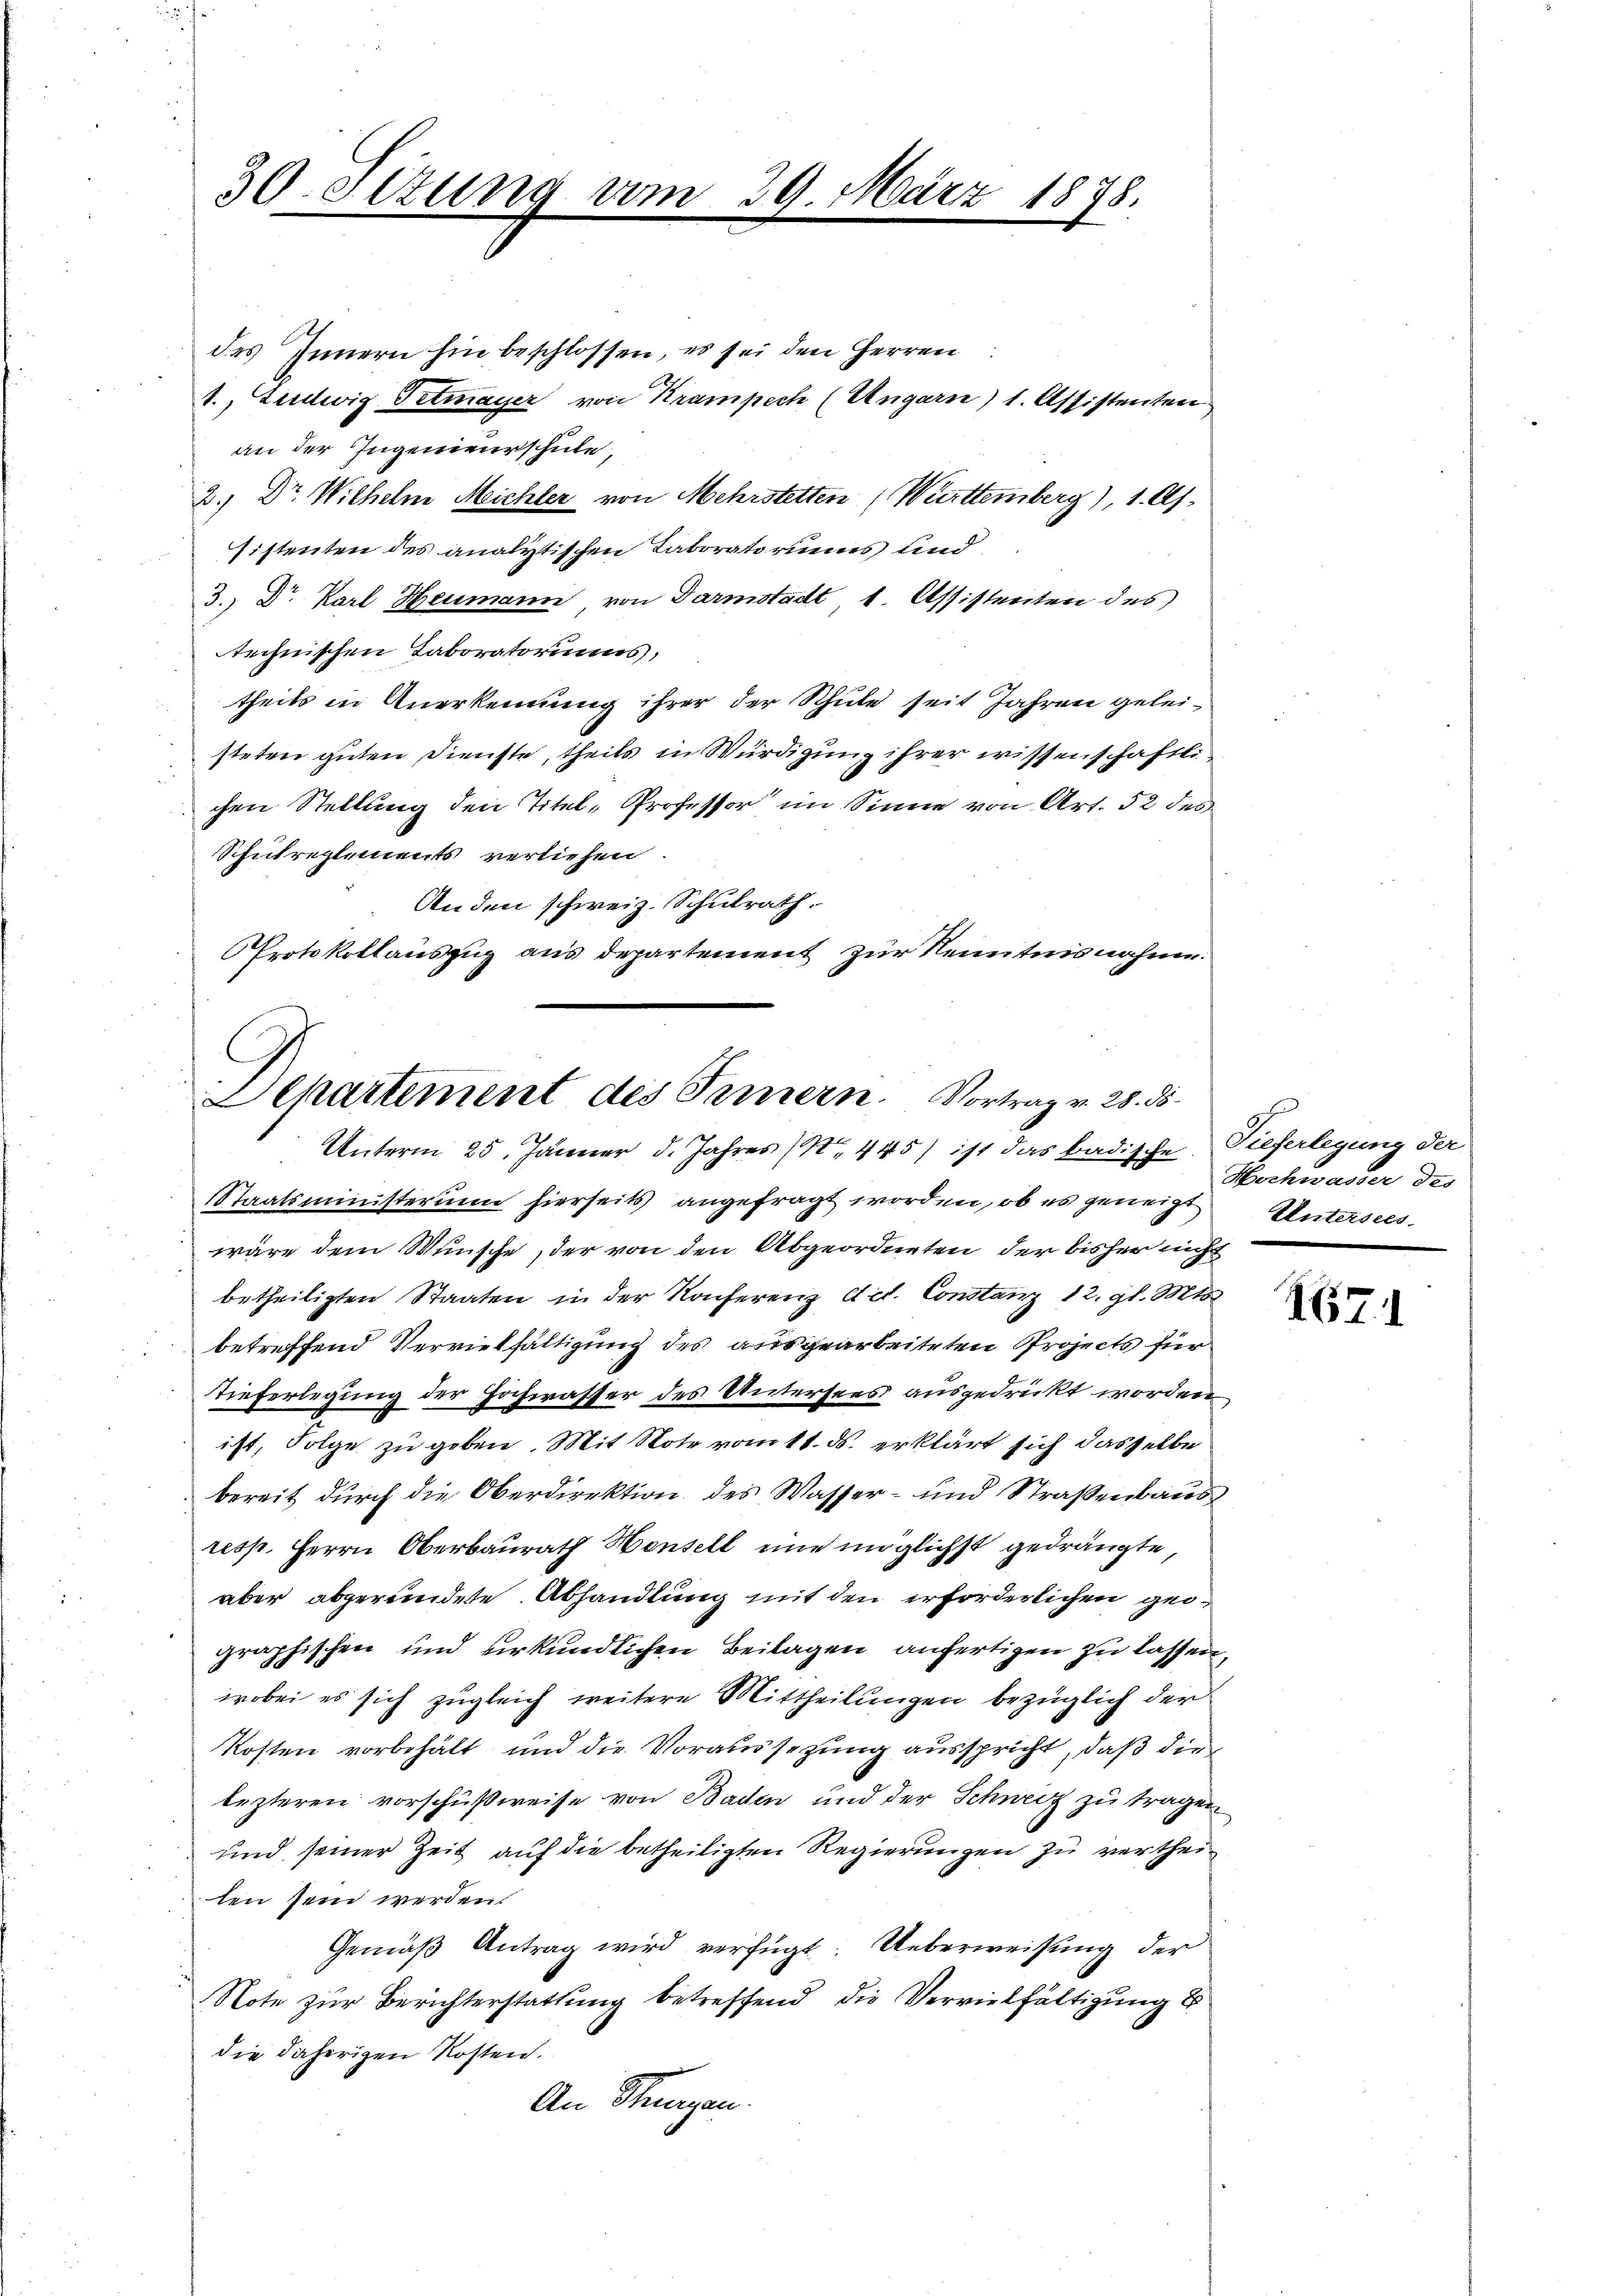
30. Ottung vom 29. März 1878.

des Innern hin beschlossen, es sei den Herren
1., Ludwig Tetmayer von Krampech (Ungarn) 1. Assistenten
an der Ingenieurschule,
2.) Dr. Wilhelm Michler von Mehrstetten (Wettemberg), 1. Ap
sistenten des analytischen Taboratoriums und
3.) Dr. Karl Heimann von Darmstadt 1. Assistenten des
technischen Taboratoriums,
theils in Anerkennung ihrer der Schule seit Jahren geleisteten guten Dienste, theils in Würdigung ihrer wissenschaftlichen Stellung den Titel, Professor im Sinne von Art. 52 des
Schulreglements verliehen.
Anden schweiz. Schulrath.
Protokollauszug aus departement zur Kenntnisnahme.

Staatsministerium hierseits angefragt worden, ob es geneigt Untersees
wäre dem Wunsche, der von den Abgeordneten, der bisher nicht
betheiligten Staaten in der Konferenz Act. Constanz 12. gl. Mts.
betreffend Vervielfältigung des ausgearbeiteten Projects für
Tieferlegung der Hochwasser des Untersees ausgedrückt worden
ist, Folge zu geben. Mit Note vom 11. ds. erklärt sich dasselbe
bereit durch die Oberdirektion des Wasser- und Straßenbaus
resp. Herrn Oberbaurath Hausell eine möglichst gedrängte,
aber abgeründete Abhandlung mit den erforderlichen geographischen und urkundlichen Beilagen anfertigen zu lassen,
wobei es sich zugleich weitere Mittheilungen bezüglich der
Kosten vorbehält und die Voraussezung ausspricht, daß die
lezteren vorschußweise von Baden und der Schweiz zu tragen
und seiner Zeit auf die betheiligten Regierungen zu vertheilen sein werden.
Gemäß Antrag wird verfügt: Ueberweisung der
Note zur Berichterstattung betreffend die Vervielfältigung
die daherigen Kosten.
An Sturzen.

Departement des Sammern. Vortrag v. 28. ds.
Unterm 25. Jänner d. Jahres (S. 445) ist das badische, Tieferlegung der

Hochwasser der

467.